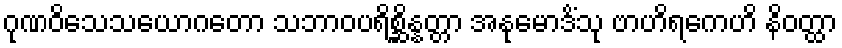
ဂုဏဝိသေသယောဂတော သဘာဝပရိစ္ဆိန္နတ္တာ အနုမောဒိံသု ဗာဟိရကေဟိ နိဝတ္ထာ